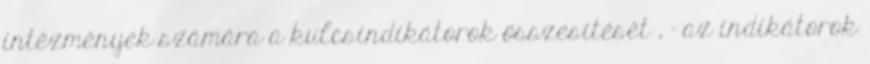
intézmények számára a kulcsindikátorok összesítését , - az indikátorok